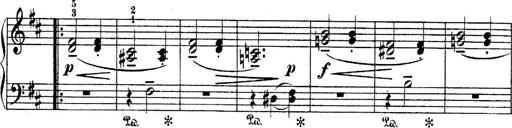
Title: 4 Sonatines
Composer: Max Reger